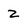
Character: 2